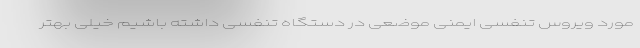
مورد ویروس تنفسی ایمنی موضعی در دستگاه تنفسی داشته باشیم خیلی بهتر